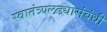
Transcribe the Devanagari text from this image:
स्वातंत्र्यलढ्यासंबंधी